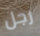
رجل